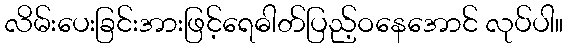
လိမ်းပေးခြင်းအားဖြင့်ရေဓါတ်ပြည့်ဝနေအောင် လုပ်ပါ။